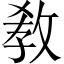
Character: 敎